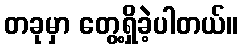
တခုမှာ တွေ့ရှိခဲ့ပါတယ်။